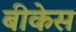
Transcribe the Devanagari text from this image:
बीकेस